DOW-UAP-D49, Launch Summary, Vandenberg AFB, 2000
Agency: Department of War
Incident date: 2/3/00
Page 91
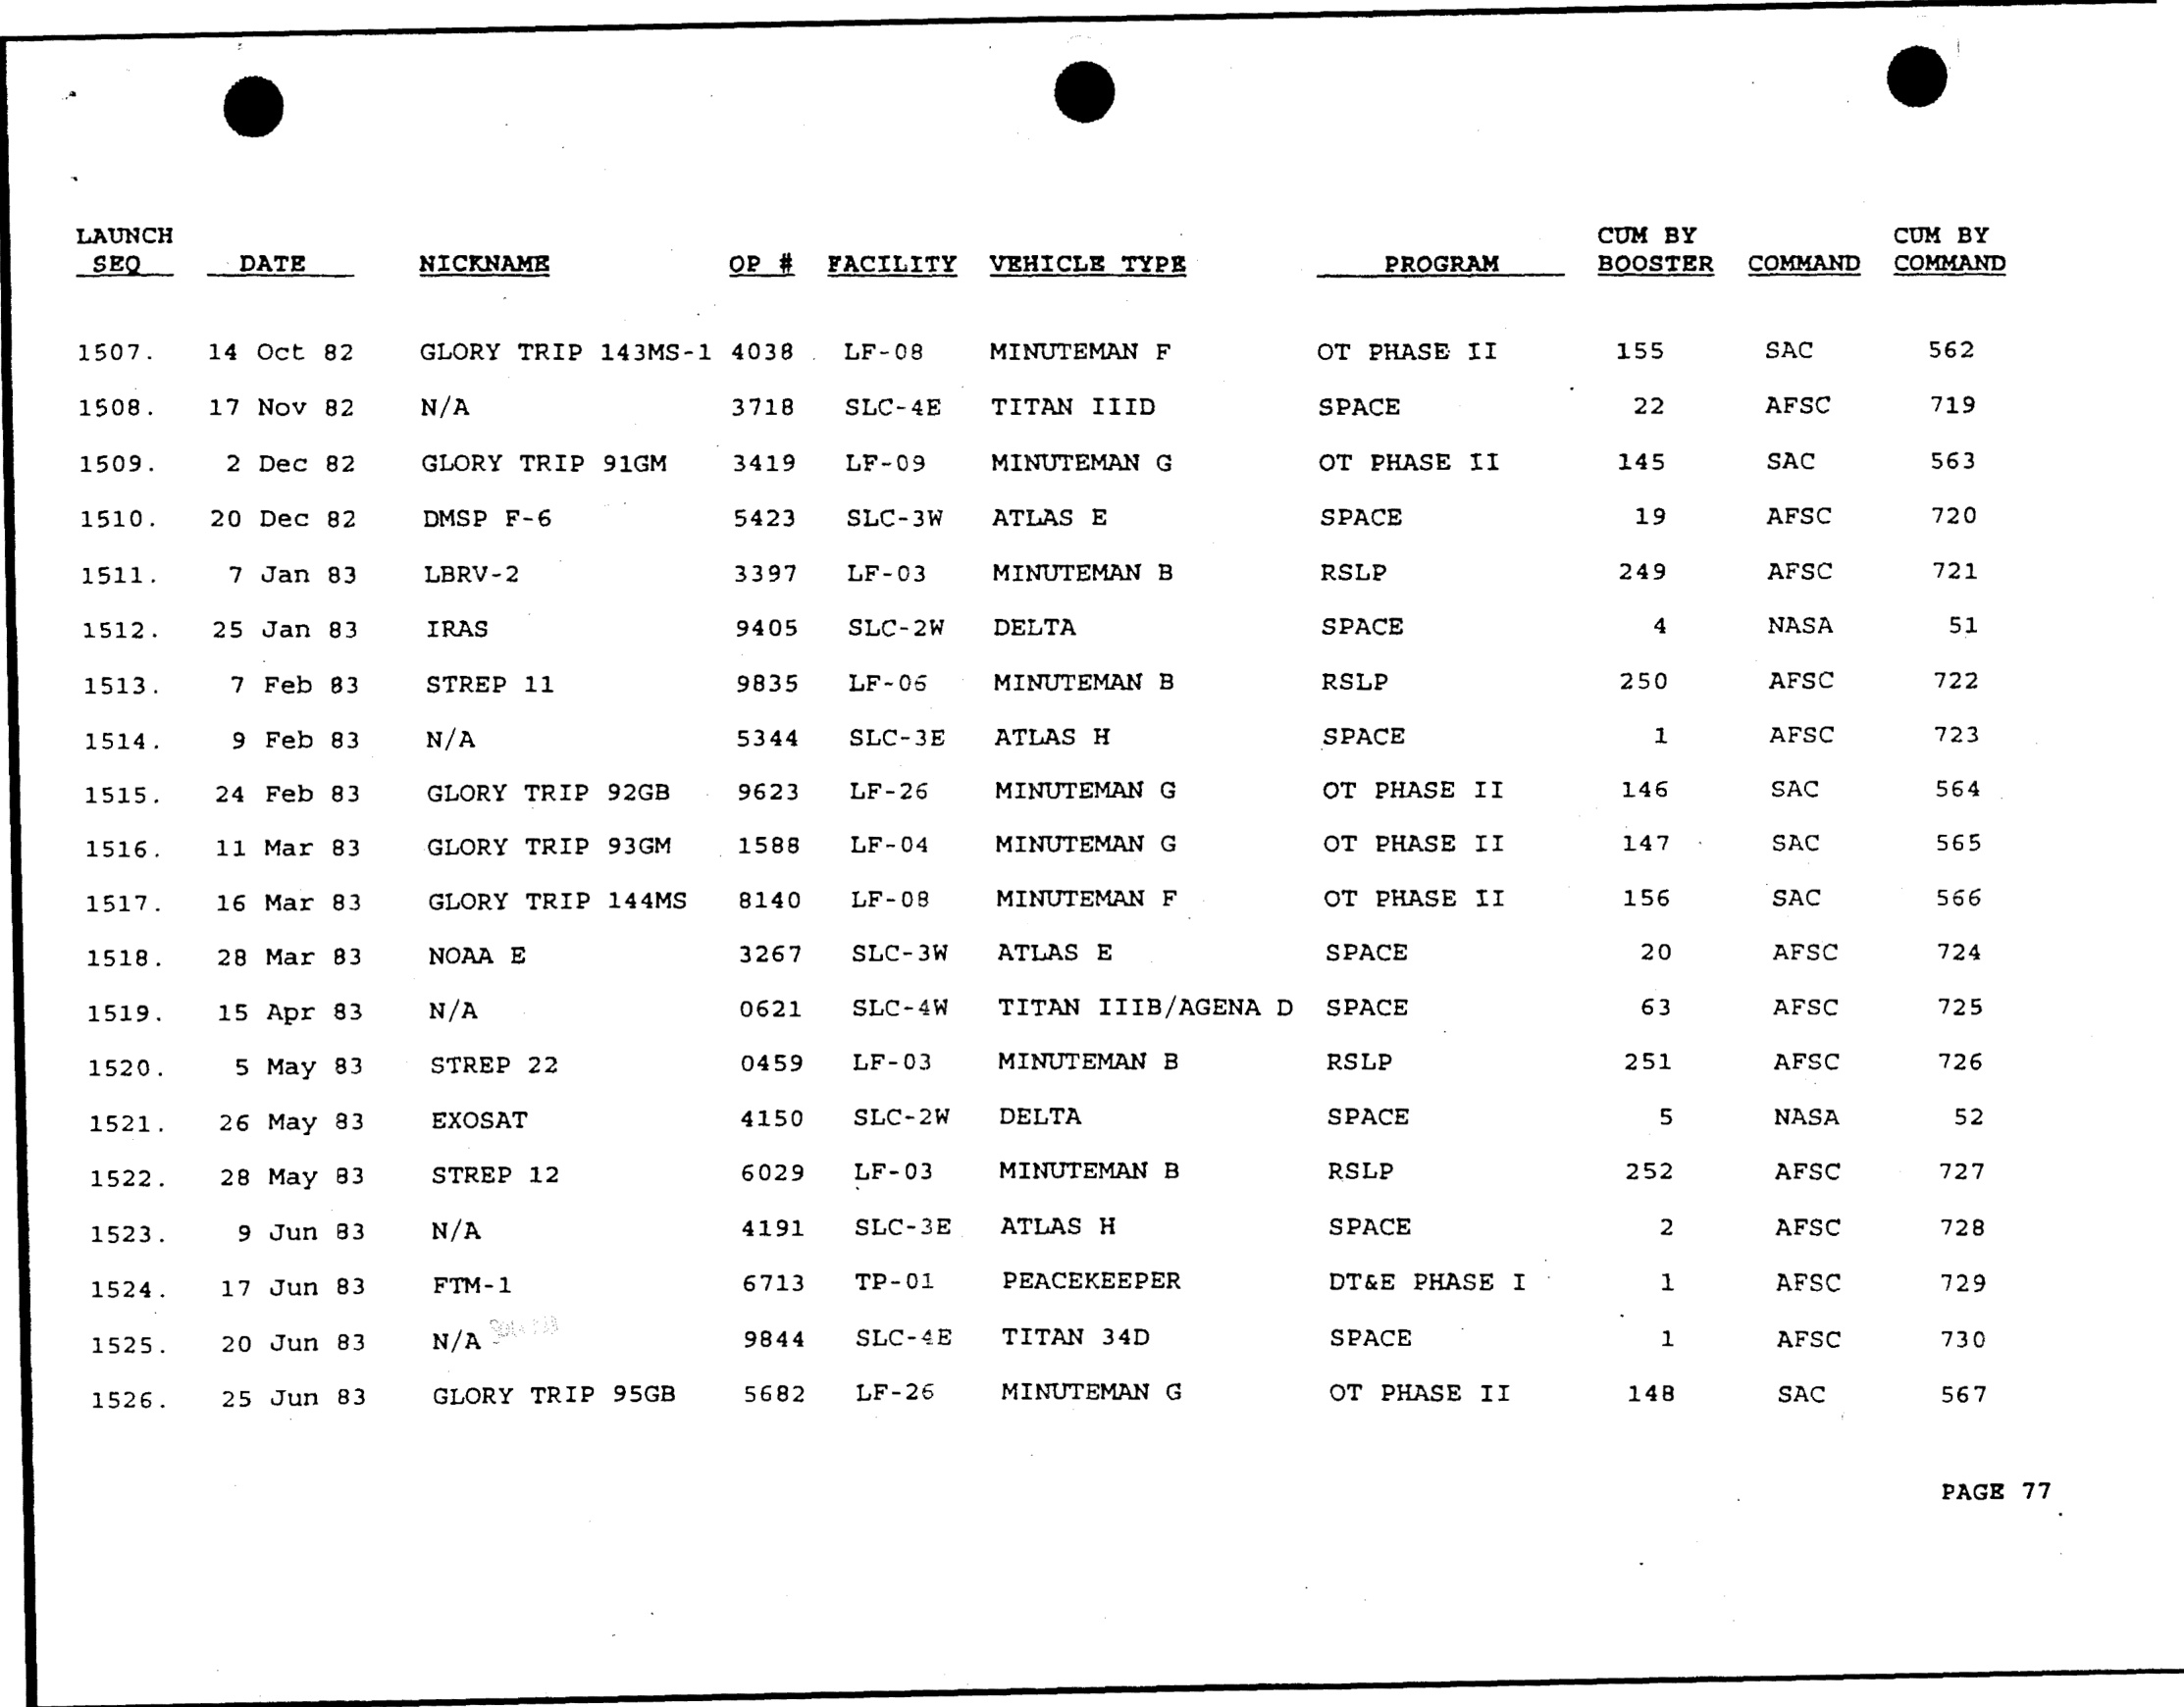